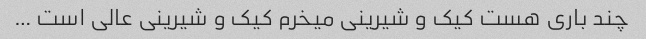
چند باری هست کیک و شیرینی میخرم کیک و شیرینی عالی است …